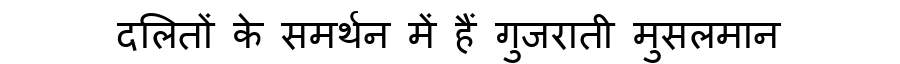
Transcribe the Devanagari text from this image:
दलितों के समर्थन में हैं गुजराती मुसलमान